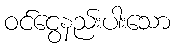
ဝင်ငွေနည်းပါးသော